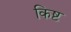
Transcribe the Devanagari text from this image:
किष्ट